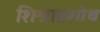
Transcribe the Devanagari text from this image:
शिश्नाग्रशोथ